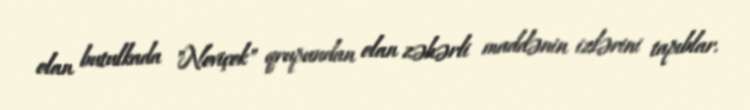
olan butulkada "Noviçok" qrupundan olan zəhərli maddənin izlərini tapıblar.